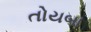
તોયબા